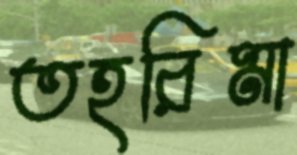
তহরিমা